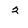
Character: 2